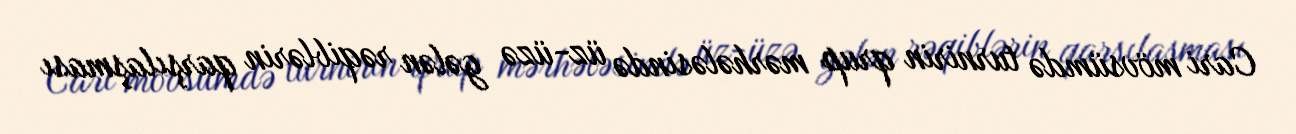
Cari mövsümdə turnirin qrup mərhələsində üz-üzə gələn rəqiblərin qarşılaşması